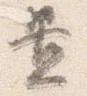
置